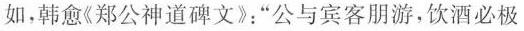
如，韩愈《郑公神道碑文》:“公与宾客朋游，饮酒必极